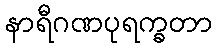
နာရီဂဏပုရက္ခတာ